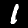
Digit: 1